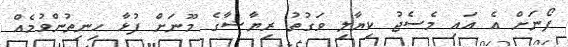
ފޯނަށް އެ އައި މެސެޖު ކިޔާލި ވަގުތު ރިޔާޝާގެ މޫނަށް ފުޅާ ހިނިތުންވުމެއް